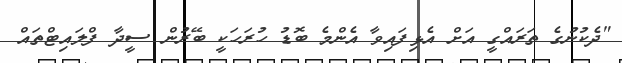
"ދެކުނުގެ ތަރައްގީ އަށް އެޅިފައިވާ އެންމެ ބޮޑު ހުރަހަކީ ބޭރުން ސީދާ ފްލައިޓްތައް